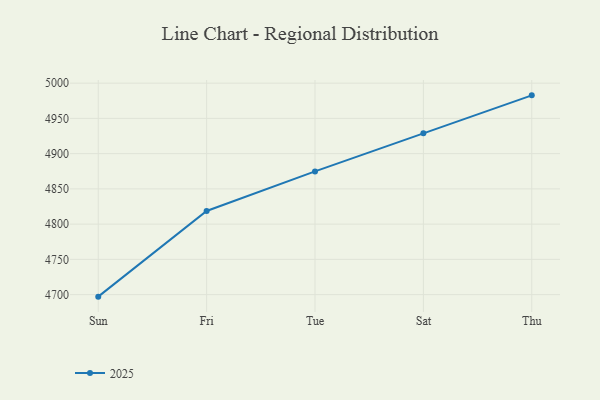
{"axis": {"x": "Day", "y": "Backlog"}, "legend": ["2025"], "data": [{"x": "Sun", "y": 4697.1, "type": "2025"}, {"x": "Fri", "y": 4818.7, "type": "2025"}, {"x": "Tue", "y": 4874.8, "type": "2025"}, {"x": "Sat", "y": 4928.8, "type": "2025"}, {"x": "Thu", "y": 4982.7, "type": "2025"}]}